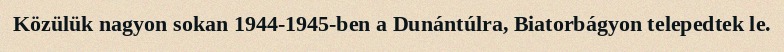
Közülük nagyon sokan 1944-1945-ben a Dunántúlra, Biatorbágyon telepedtek le.